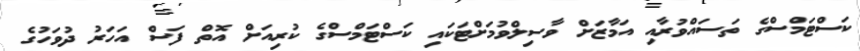
ކަސްޓަމްސްގެ ތަސައްވުރާއި އަމާޒަށް ވާސިލްވުމަށްޓަކައި ކަސްޓަމްސްގެ ކުރިއަށް އޮތް ފަސް އަހަރު ދުވަހުގެ